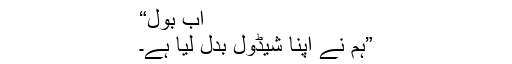
اب بول“
”ہم نے اپنا شیڈول بدل لیا ہے۔